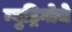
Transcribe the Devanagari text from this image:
न्युट्रिनोचे